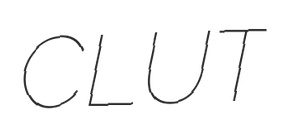
CLUT